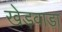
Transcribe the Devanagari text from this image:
खेड़वाड़ा